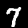
Label: 7